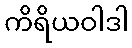
ကိရိယဝါဒါ